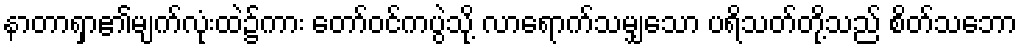
နာတာရှာ၏မျက်လုံးထဲ၌ကား တော်ဝင်ကပွဲသို့ လာရောက်သမျှသော ပရိသတ်တို့သည် စိတ်သဘော